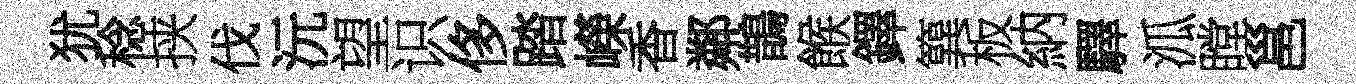
犹稔挟伐沅望识侈踏嶸香鄰鵲餱鐸簨板納驛泒瞠邕